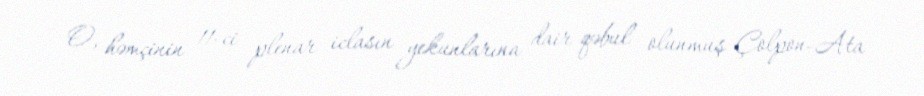
O, həmçinin 11-ci plenar iclasın yekunlarına dair qəbul olunmuş Çolpon-Ata